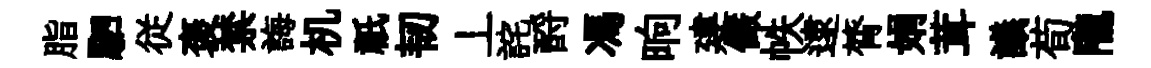
脂駟従褒禁誨机祇韧丄詫酹馮晌建儼帙逮膂娟茸議荀隴